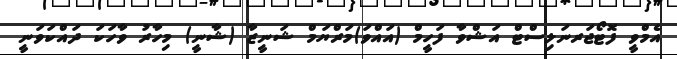
އެމްވީ ފޮޓޯޖަރނަލިސްޓް އަޝްވާ ފަހީމް (އައްވަ)މަރްޔަމް ޝަނީޒާ (ޝާނީ) މިހާރު ވާހަކަ ދައްކަވަނީ